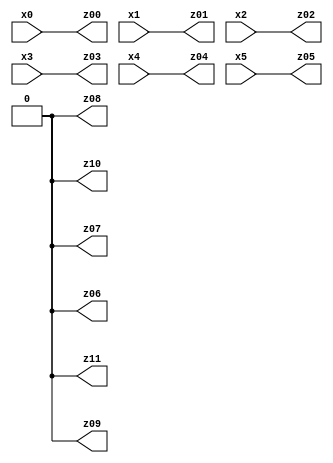
// Benchmark "X_2" written by ABC on Fri May 26 04:00:45 2023

module X_27 ( 
    x0, x1, x2, x3, x4, x5,
    z00, z01, z02, z03, z04, z05, z06, z07, z08, z09, z10, z11  );
  input  x0, x1, x2, x3, x4, x5;
  output z00, z01, z02, z03, z04, z05, z06, z07, z08, z09, z10, z11;
  assign z00 = x0;
  assign z01 = x1;
  assign z02 = x2;
  assign z03 = x3;
  assign z04 = x4;
  assign z05 = x5;
  assign z06 = 1'b0;
  assign z07 = 1'b0;
  assign z08 = 1'b0;
  assign z09 = 1'b0;
  assign z10 = 1'b0;
  assign z11 = 1'b0;
endmodule